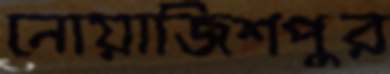
নোয়াজিশপুর